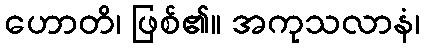
ဟောတိ၊ ဖြစ်၏။ အကုသလာနံ၊